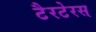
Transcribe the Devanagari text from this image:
टैरटेरस